Problem: 2 × 9 = ?
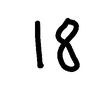
Handwritten answer: 18